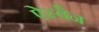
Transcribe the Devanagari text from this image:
ऐस्वैन